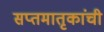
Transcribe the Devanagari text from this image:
सप्तमातृकांची